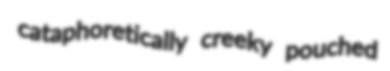
cataphoretically creeky pouched